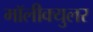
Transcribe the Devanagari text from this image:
मॉलीक्युलर